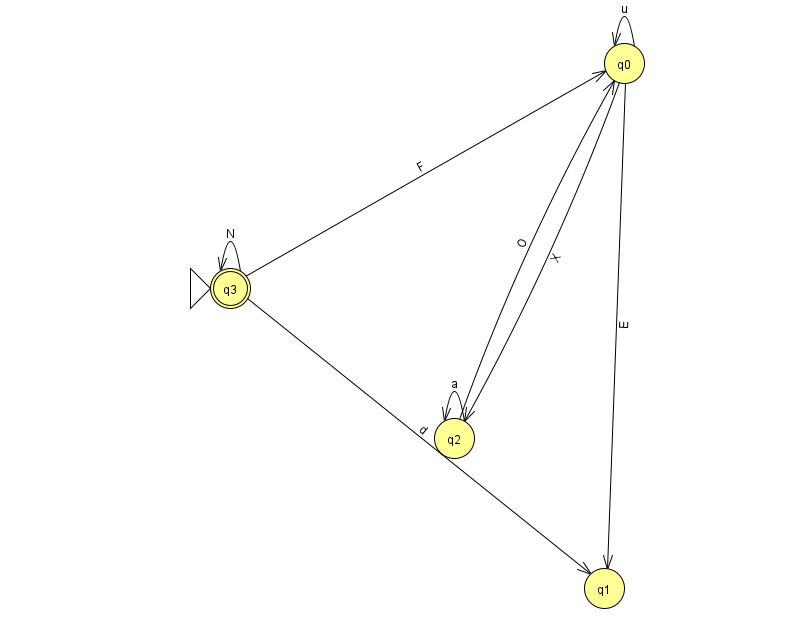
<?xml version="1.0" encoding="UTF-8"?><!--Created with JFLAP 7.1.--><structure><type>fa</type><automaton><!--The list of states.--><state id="0" name="q0"><x>624.0</x><y>50.0</y></state><state id="1" name="q1"><x>604.0</x><y>575.0</y></state><state id="2" name="q2"><x>454.0</x><y>425.0</y></state><state id="3" name="q3"><x>230.0</x><y>275.0</y><initial/><final/></state><!--The list of transitions.--><transition><from>2</from><to>2</to><read>a</read></transition><transition><from>0</from><to>1</to><read>E</read></transition><transition><from>0</from><to>2</to><read>X</read></transition><transition><from>3</from><to>0</to><read>F</read></transition><transition><from>2</from><to>0</to><read>O</read></transition><transition><from>0</from><to>0</to><read>u</read></transition><transition><from>3</from><to>1</to><read>d</read></transition><transition><from>3</from><to>3</to><read>N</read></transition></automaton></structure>